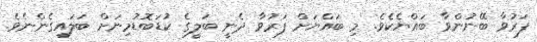
ފަރުވާ ބޭނުންވާ ބައްޔެކެވެ. މި ބައްޔަށް ފަރުވާ ދެނީ ބަލީގެ ކުޑަބޮޑުމިނަށް ބަލައިގެންނެވެ.